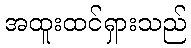
အထူးထင်ရှားသည်